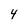
Character: 4